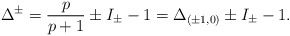
\begin{align*}\Delta ^{\pm }=\frac{p}{p+1}\pm I_{\pm }-1=\Delta _{(\pm 1,0)}\pm I_{\pm }-1.\end{align*}